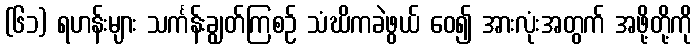
(၆၁) ရဟန်းများ သင်္ကန်းချွတ်ကြစဉ် သံဃိကခဲဖွယ် ဝေ၍ အားလုံးအတွက် အဖို့တို့ကို